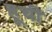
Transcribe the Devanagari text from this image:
हूची